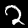
Label: 2